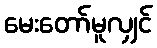
မေးတော်မူလျှင်